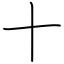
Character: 十